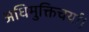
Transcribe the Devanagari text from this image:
अधिमुक्तिचर्या।